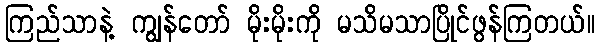
ကြည်သာနဲ့ ကျွန်တော် မိုးမိုးကို မသိမသာပြိုင်ဖွန်ကြတယ်။